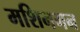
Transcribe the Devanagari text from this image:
मशिनगन